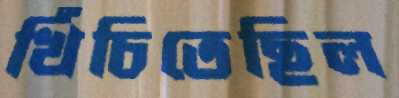
খিঁচিতেছিল